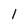
Character: 1